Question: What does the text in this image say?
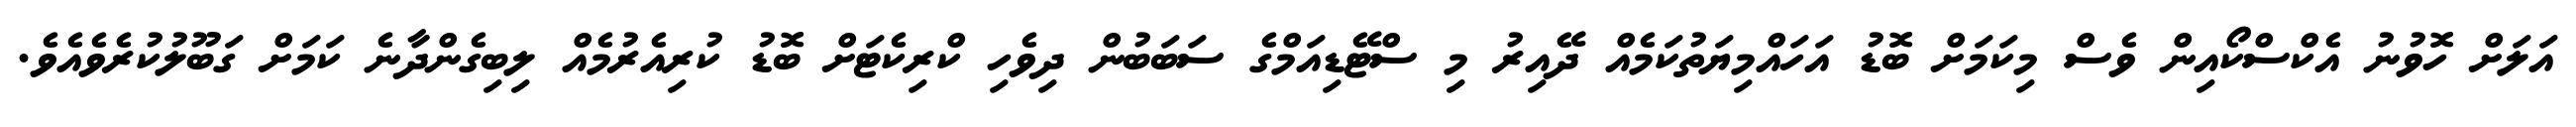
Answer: އަލަށް ހޮވުނު އެކްސްކޯއިން ވެސް މިކަމަށް ބޮޑު އަހައްމިޔަތުކަމެއް ދޭއިރު މި ސްޓޭޑިއަމްގެ ސަބަބުން ދިވެހި ކްރިކެޓަށް ބޮޑު ކުރިއެރުމެއް ލިބިގެންދާނެ ކަމަށް ގަބޫލުކުރެވެއެވެ.